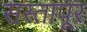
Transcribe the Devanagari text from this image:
सस्तापूर